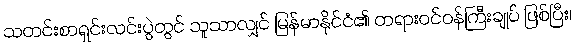
သတင်းစာရှင်းလင်းပွဲတွင် သူသာလျှင် မြန်မာနိုင်ငံ၏ တရားဝင်ဝန်ကြီးချုပ် ဖြစ်ပြီး၊